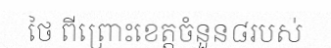
ថៃ ពីព្រោះខេត្តចំនួន៨របស់